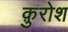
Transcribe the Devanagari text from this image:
क़ुरोश